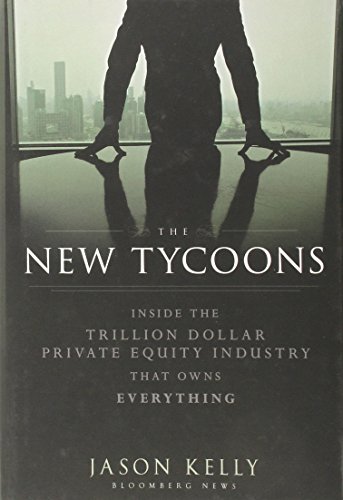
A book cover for The New Tycoons: Inside the Trillion Dollar Private Equity Industry That Owns Everything; Jason Kelly; Business & Money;